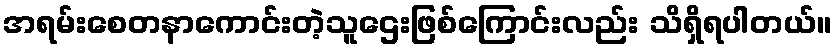
အရမ်းစေတနာကောင်းတဲ့သူဌေးဖြစ်ကြောင်းလည်း သိရှိရပါတယ်။